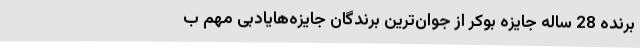
برنده 28 ساله جایزه بوکر از جوان‌ترین برندگان جایزه‌هایادبی مهم ب